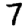
Digit: 7